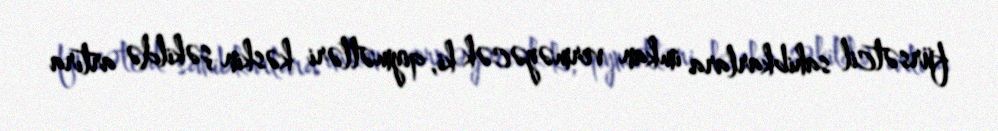
fürsətcil sahibkarlara imkan verməyəcək ki, qiymətləri kəskin şəkildə artıra